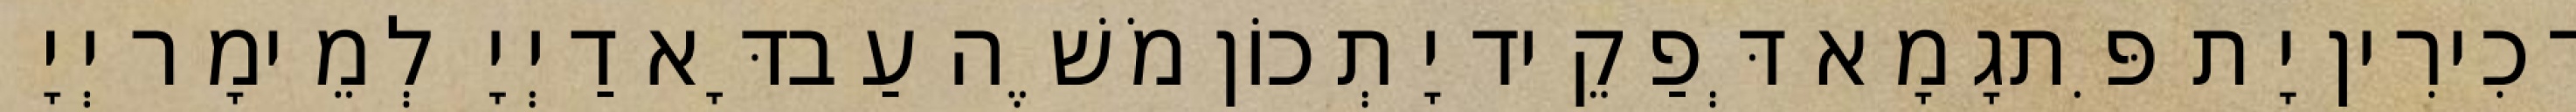
דְכִירִין יָת פִּתגָמָא דְּפַקֵיד יָתְכוֹן מֹשֶׁה עַבדָּא דַיְיָ לְמֵימָר יְיָ